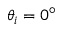
\theta _ { i } = 0 ^ { \circ }